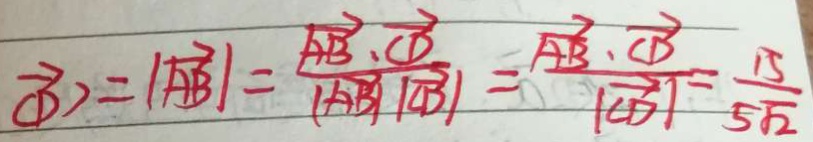
\overrightarrow { C D } > = \vert \overrightarrow { A B } \vert = \frac { \overrightarrow { A B } \cdot \overrightarrow { C D } } { \vert \overrightarrow { A B } / / \overrightarrow { C B } \vert } = \frac { \overrightarrow { A B } \cdot \overrightarrow { C D } } { \vert \overrightarrow { C D } \vert } = \frac { 1 5 } { 5 \sqrt { 2 } }